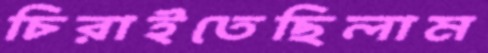
চিরাইতেছিলাম